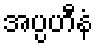
အပ္ပဟီနံ